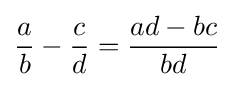
{\frac {a}{b}}-{\frac {c}{d}}={\frac {ad-bc}{bd}}